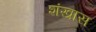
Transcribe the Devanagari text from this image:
शंखास